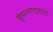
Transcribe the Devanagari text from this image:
कुंभलगडजवळ